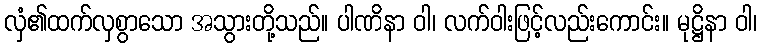
လှံ၏ထက်လှစွာသော အသွားတို့သည်။ ပါဏိနာ ဝါ၊ လက်ဝါးဖြင့်လည်းကောင်း။ မုဋ္ဌိနာ ဝါ၊